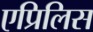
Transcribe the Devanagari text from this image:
एप्रिलिस